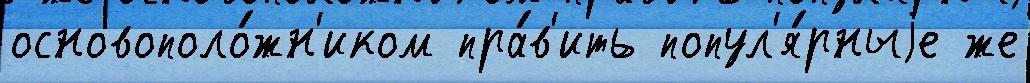
основополо́жн'иком пра́в'ить попул'я́рныjе же